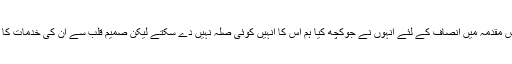
انہوں نے کہا کہ اس مقدمہ میں انصاف کے لئے انہوں نے جوکچھ کیا ہم اس کا انہیں کوئی صلہ نہیں دے سکتے لیکن صمیم قلب سے ان کی خدمات کا اعتراف کرتے ہیں۔